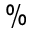
\%